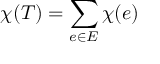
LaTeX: \chi ( T ) = \sum _ { e \in E } \chi ( e )